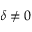
\delta \neq 0